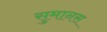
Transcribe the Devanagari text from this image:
सुमानस